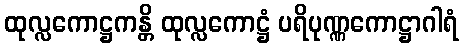
ထုလ္လကောဋ္ဌကန္တိ ထုလ္လကောဋ္ဌံ ပရိပုဏ္ဏကောဋ္ဌာဂါရံ